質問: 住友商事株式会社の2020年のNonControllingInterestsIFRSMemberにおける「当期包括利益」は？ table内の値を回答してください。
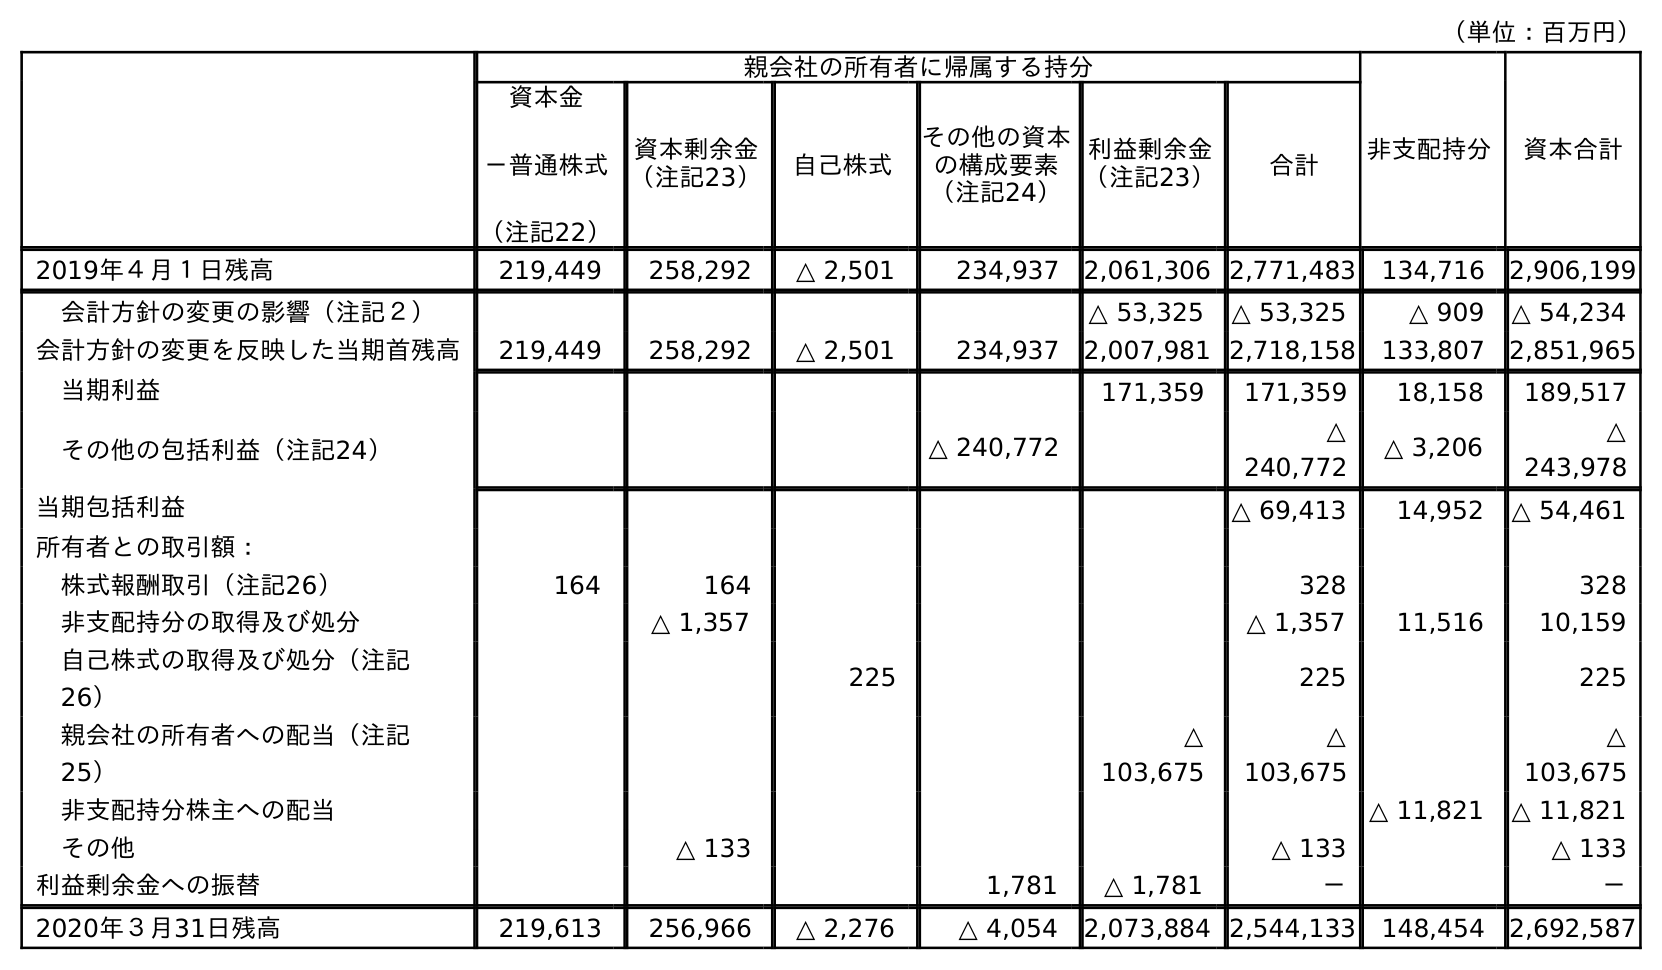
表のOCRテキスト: （単位：百万円） 親会社の所有者に帰属する持分 非支配持分 資本合計 資本金 －普通株式 （注記22） 資本剰余金 （注記23） 自己株式 その他の資本 の構成要素 （注記24） 利益剰余金 （注記23） 合計 2019年４月１日残高 219,449 258,292 △ 2,501 234,937 2,061,306 2,771,483 134,716 2,906,199 会計方針の変更の影響（注記２） △ 53,325 △ 53,325 △ 909 △ 54,234 会計方針の変更を反映した当期首残高 219,449 258,292 △ 2,501 234,937 2,007,981 2,718,158 133,807 2,851,965 当期利益 171,359 171,359 18,158 189,517 その他の包括利益（注記24） △ 240,772 △ 240,772 △ 3,206 △ 243,978 当期包括利益 △ 69,413 14,952 △ 54,461 所有者との取引額： 株式報酬取引（注記26） 164 164 328 328 非支配持分の取得及び処分 △ 1,357 △ 1,357 11,516 10,159 自己株式の取得及び処分（注記 26） 225 225 225 親会社の所有者への配当（注記 25） △ 103,675 △ 103,675 △ 103,675 非支配持分株主への配当 △ 11,821 △ 11,821 その他 △ 133 △ 133 △ 133 利益剰余金への振替 1,781 △ 1,781 － － 2020年３月31日残高 219,613 256,966 △ 2,276 △ 4,054 2,073,884 2,544,133 148,454 2,692,587
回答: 14,952